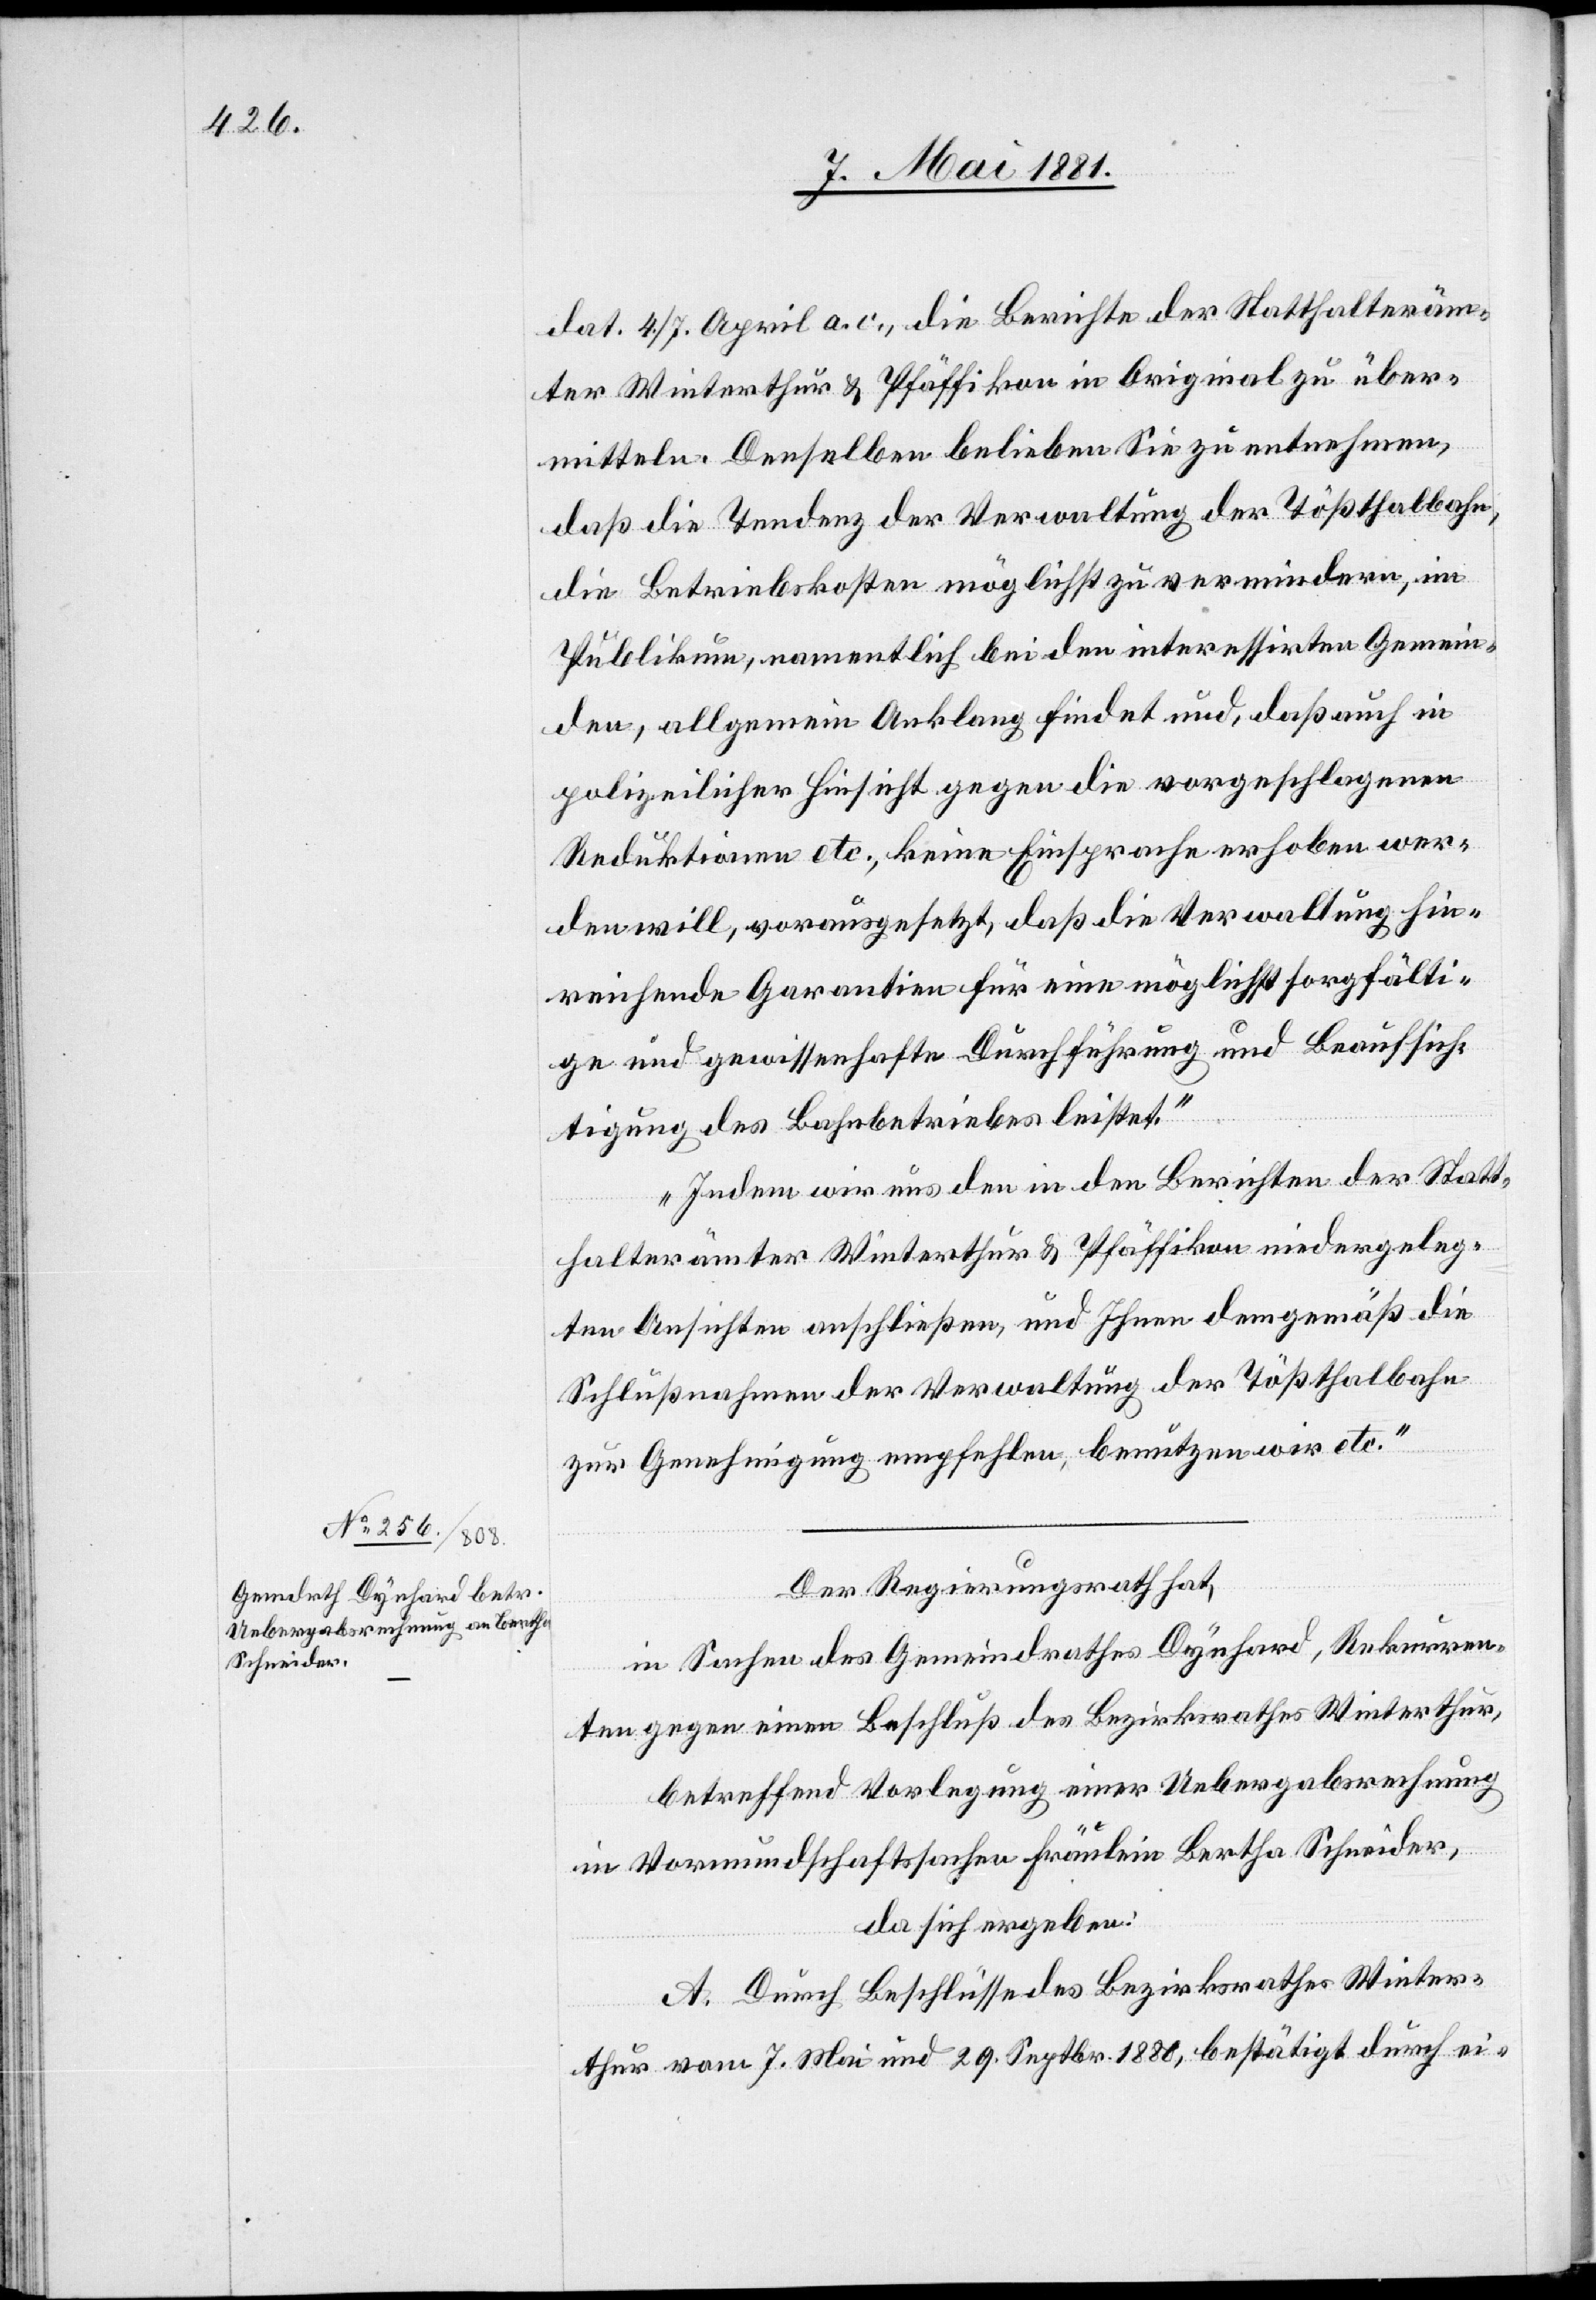
dat. 4./7. April a. c., die Berichte der Stadthalteräm¬
ter Winterthur & Pfäffikon in Original zu über¬
mitteln. Denselben belieben Sie zu entnehmen,
daß die Tendenz der Verwaltung der Tößthalbahn,
die Betriebskosten möglichst zu vermindern, im
Publikum, namentlich bei den interessirten Gemein¬
den, allgemein Anklang findet und, daß auch in
polizeilicher Hinsicht gegen die vorgeschlagenen
Reduktionen etc., keine Einsprache erhoben wer¬
den will, vorausgesetzt, daß die Verwaltung hin¬
reichende Garantien für eine möglichst sorgfälti¬
ge und gewissenhafte Durchführung und Beaufsich¬
tigung des Bahnbetriebes leistet.
Indem wir uns den in den Berichten der Statt¬
halterämter Winterthur & Pfäffikon niedergeleg¬
ten Ansichten anschließen, und Ihnen demgemäß die
Schlußnahmen der Verwaltung der Tößthalbahn
zur Genehmigung empfehlen, benutzen wir etc.“
Der Regierungsrath hat,
in Sachen des Gemeindrathes Dynhard, Rekurren¬
ten gegen einen Beschluß des Bezirksrathes Winterthur,
betreffend Vorlegung einer Uebergabsrechnung
in Vormundschaftssachen Fräulein Bertha Schneider,
da sich erbeben:
A. Durch Beschlüsse des Bezirksrathes Winter¬
thur vom 7. Mai und 29. Septr. 1880, bestätigt durch ei-